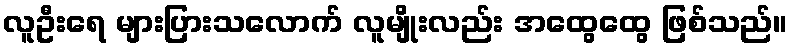
လူဦးရေ များပြားသလောက် လူမျိုးလည်း အထွေထွေ ဖြစ်သည်။